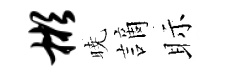
彬暁謫眎